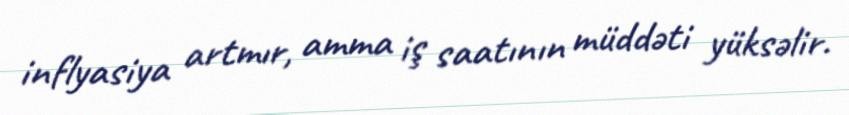
inflyasiya artmır, amma iş saatının müddəti yüksəlir.